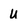
Character: u